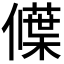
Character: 𬿾